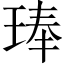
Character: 琫